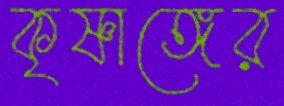
কৃষ্ণাঙ্গের